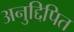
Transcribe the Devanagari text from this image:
अनुद्दिपित